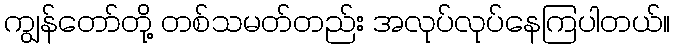
ကျွန်တော်တို့ တစ်သမတ်တည်း အလုပ်လုပ်နေကြပါတယ်။